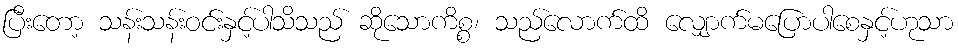
ပြီးတော့ သန်းသန်းဝင်းနှင့်ပါသိသည် ဆိုသောကိစ္စ၊ သည်လောက်ထိ လျှောက်မပြောပါစေနှင့်ဟုသာ